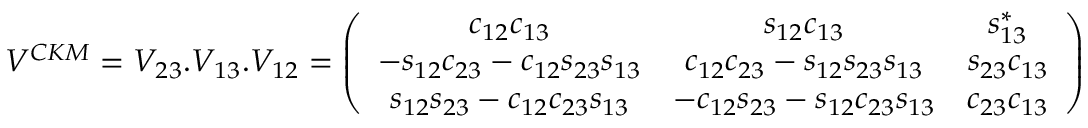
V ^ { C K M } = V _ { 2 3 } . V _ { 1 3 } . V _ { 1 2 } = \left( \begin{array} { c c c } { { c _ { 1 2 } c _ { 1 3 } } } & { { s _ { 1 2 } c _ { 1 3 } } } & { { s _ { 1 3 } ^ { * } } } \\ { { - s _ { 1 2 } c _ { 2 3 } - c _ { 1 2 } s _ { 2 3 } s _ { 1 3 } } } & { { c _ { 1 2 } c _ { 2 3 } - s _ { 1 2 } s _ { 2 3 } s _ { 1 3 } } } & { { s _ { 2 3 } c _ { 1 3 } } } \\ { { s _ { 1 2 } s _ { 2 3 } - c _ { 1 2 } c _ { 2 3 } s _ { 1 3 } } } & { { - c _ { 1 2 } s _ { 2 3 } - s _ { 1 2 } c _ { 2 3 } s _ { 1 3 } } } & { { c _ { 2 3 } c _ { 1 3 } } } \end{array} \right)